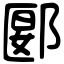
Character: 郾